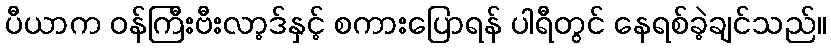
ပီယာက ဝန်ကြီးဗီးလာ့ဒ်နှင့် စကားပြောရန် ပါရီတွင် နေရစ်ခဲ့ချင်သည်။